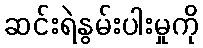
ဆင်းရဲနွမ်းပါးမှုကို